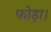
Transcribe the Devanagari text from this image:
फोड़ा।